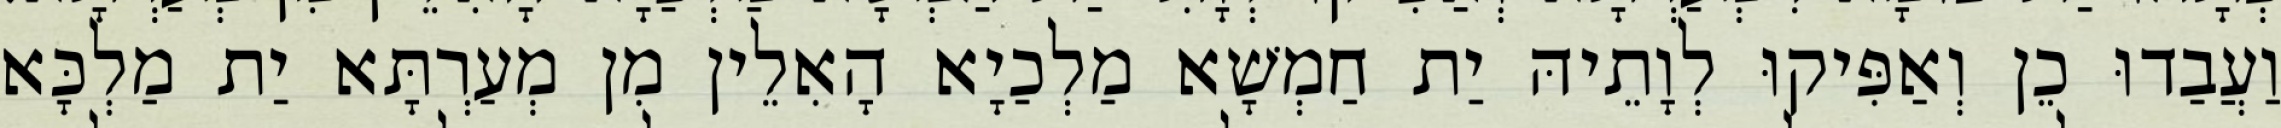
וַעֲבַדוּ כֵן וְאַפִּיקוּ לְוָתֵיהּ יַת חַמְשָׁא מַלְכַיָא הָאִלֵין מִן מְעַרְתָּא יַת מַלְכָּא